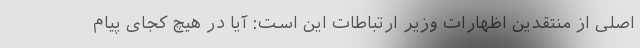
اصلی از منتقدین اظهارات وزیر ارتباطات این است: آیا در هیچ کجای پیام